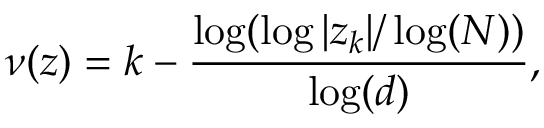
\nu ( z ) = k - { \frac { \log ( \log | z _ { k } | / \log ( N ) ) } { \log ( d ) } } ,